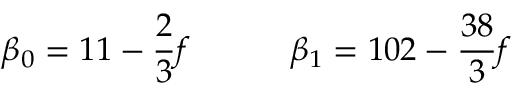
\beta _ { 0 } = 1 1 - \frac { 2 } { 3 } f \qquad \quad \beta _ { 1 } = 1 0 2 - \frac { 3 8 } { 3 } f